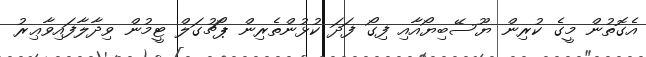
އެގޮތުން މީގެ ކުރިން ޔޫސޭބިޔޯއާއި ފިގޯ ފަދަ ކުޅުންތެރިން ޕޯޗުގަލް ޓީމުން ވިދާލާފައިވާޢިރު